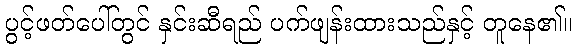
ပွင့်ဖတ်ပေါ်တွင် နှင်းဆီရည် ပက်ဖျန်းထားသည်နှင့် တူနေ၏။